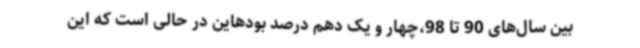
بین سال‌های 90 تا 98،چهار و یک دهم درصد بودهاین در حالی است که این